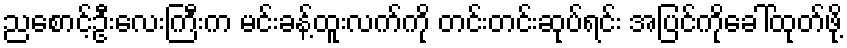
ညစောင့်ဦးလေးကြီးက မင်းခန့်ထူးလက်ကို တင်းတင်းဆုပ်ရင်း အပြင်ကိုခေါ်ထုတ်ဖို့